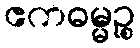
ဧကဓမ္မဉ္စ